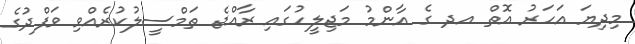
މިދިޔަ އަހަރު އޮތް އދ ގެ އާންމު މަޖިލީހުގައި ރާއްޖެ ތަމްސީލުކުރެއްވި ވަފްދުގެ